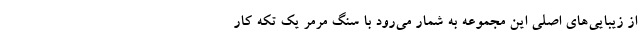
از زیبایی‌های اصلی این مجموعه به شمار می‌رود با سنگ مرمر یک تکه کار